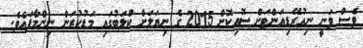
ވެސް ވަނީ ނިއުރޭޑިއަންޓަށް ސޮއިކޮށް 2015 ގެ ނިޔަލަށް ކްލަބުގައި މަޑުކުރަން ނިންމާފައެވެ.